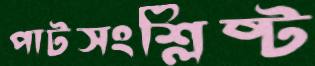
পাটসংশ্লিষ্ট